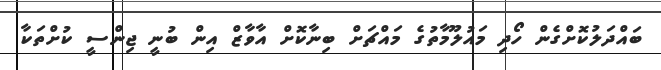
ބައްދަލުކޮށްގެން ހޯދި މައުލޫމާތުގެ މައްޗަށް ބިނާކޮށް އާވާޒް އިން ބުނީ ޖިންސީ ކުށްތަކާ